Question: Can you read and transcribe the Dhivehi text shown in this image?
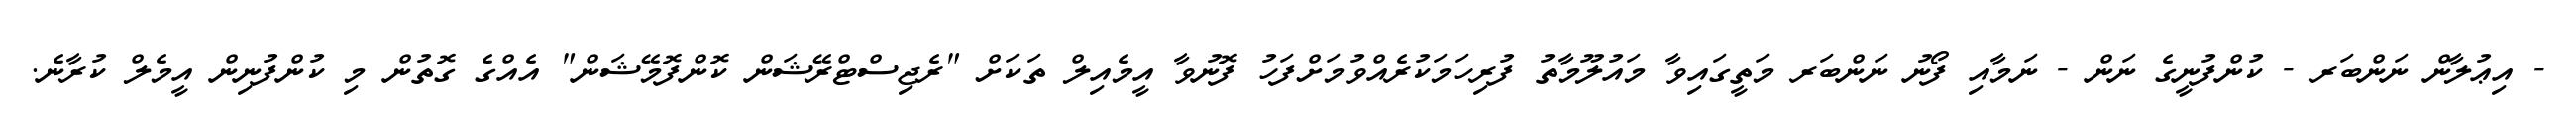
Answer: - އިޢުލާން ނަންބަރ - ކުންފުނީގެ ނަން - ނަމާއި ފޯނު ނަންބަރ މަތީގައިވާ މައުލޫމާތު ފުރިހަމަކުރެއްވުމަށްފަހު ފޮނުވާ އީމެއިލް ތަކަށް "ރެޖިސްޓްރޭޝަން ކޮންފޮމޭޝަން" އެއްގެ ގޮތުން މި ކުންފުނިން އީމެލް ކުރާނެ.